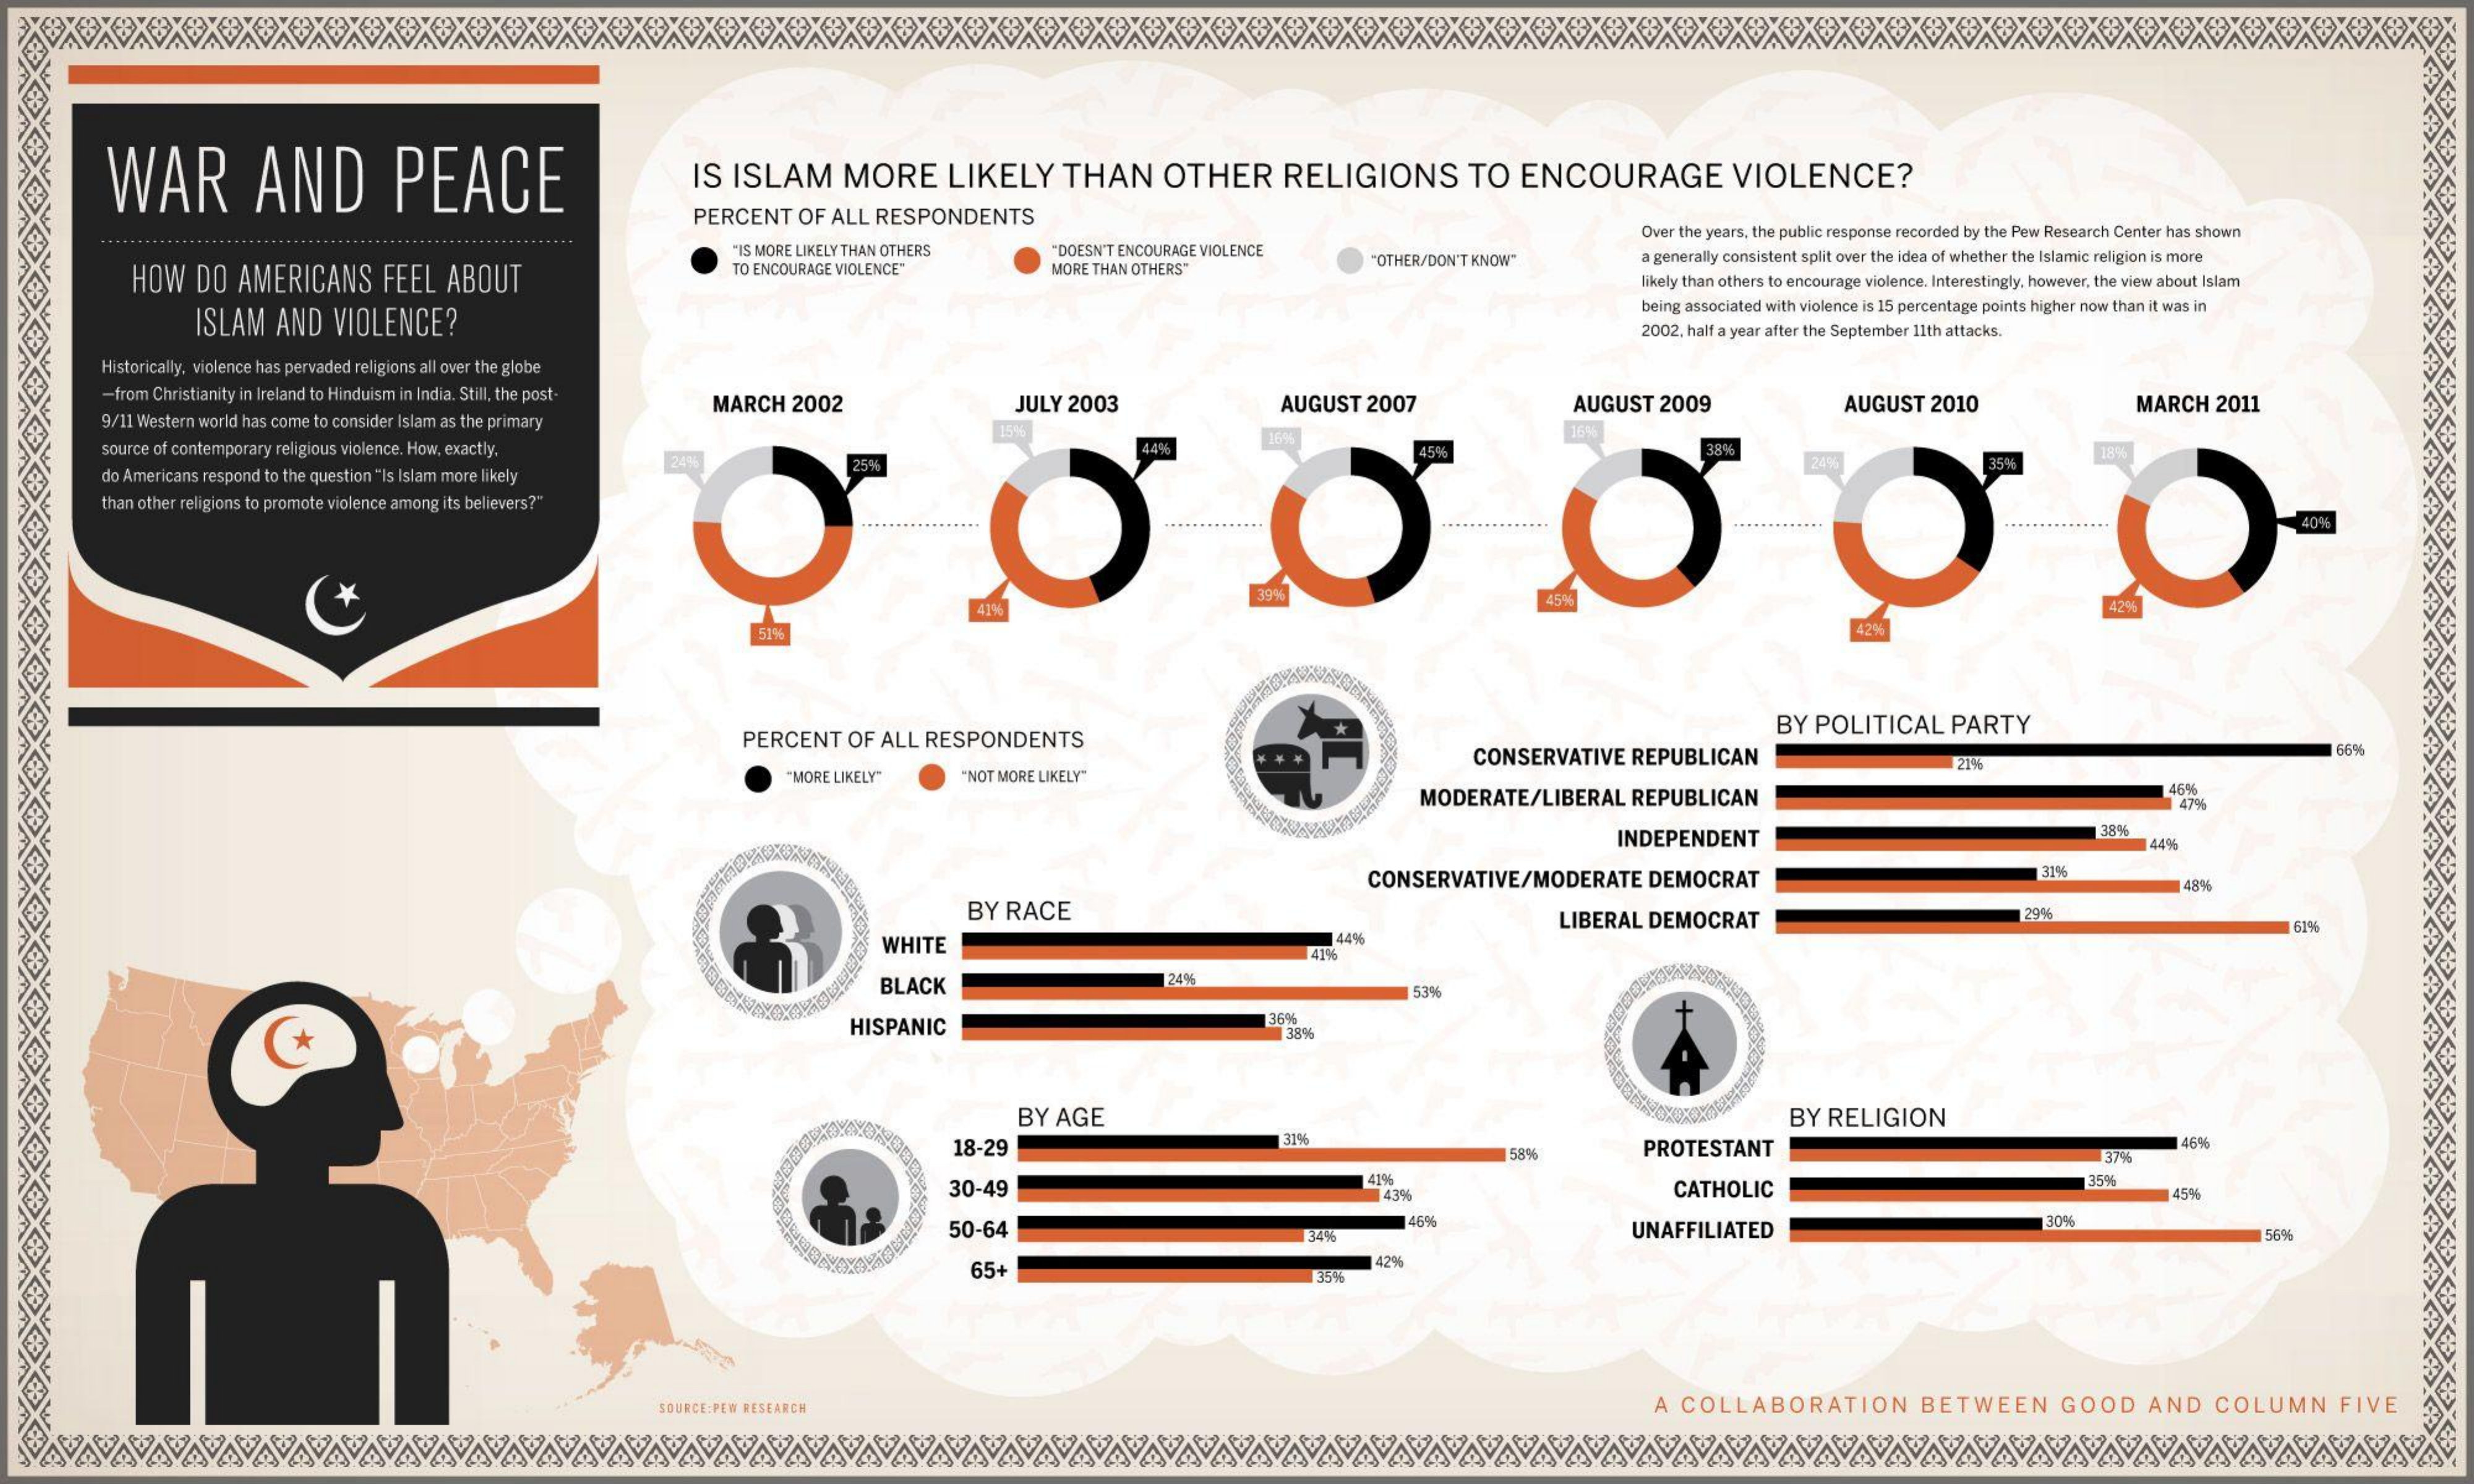
WAR    AND    PEACE    IS ISLAM    MORE    LIKELY    THAN    OTHER    RELIGIONS    TO  ENCOURAGE    VIOLENCE?
     PERCENT  OF ALL RESPONDENTS
     HOW  DO  AMERICANS   FEEL  ABOUT
     "IS MORE LIKELY THAN OTHERS
     TO ENCOURAGE VIOLENCE"
     "DOESN'T ENCOURAGE VIOLENCE
     Over the years, the public response recorded by the Pew Research Center has shown
     MORE THAN OTHERS"    "OTHER/DON'T KNOW"    a generally consistent split over the idea of whether the Islamic religion is more
     likely than others to encourage violence. Interestingly. however, the view about Islam
     ISLAM  AND  VIOLENCE?
     being associated with violence is 15 percentage points higher now than it was in
     2002, half a year after the September 11th attacks.
     Historically, violence has pervaded religions all over the globe
     -from Christianity in Ireland to Hinduism in India. Still, the post-
     9/11 Western world has come to consider Islam as the primary
     MARCH 2002    JULY 2003    AUGUST  2007    AUGUST 2009    AUGUST 2010    MARCH  2011
     source of contemporary religious violence. How, exactly.    44%
     1656
     2496    25%
     45%    38%
     do Americans respond to the question "Is Islam more likely
     24%    35%
     than other religions to promote violence among its believers?"
     40%
     394
     428%
     51%    42%
     PERCENT  OF ALL RESPONDENTS
     BY POLITICAL   PARTY
     CONSERVATIVE  REPUBLICAN
     "MORE LIKELY"   "NOT MORE LIKELY"
     21%
     MODERATE/LIBERAL   REPUBLICAN
     46%
     4796
     INDEPENDENT
     389
     CONSERVATIVE/MODERATE   DEMOCRAT    48%
     BY RACE    LIBERAL DEMOCRAT    29
     WHITE    144%
     61%
     411%
     BLACK    24%
     53%
     HISPANIC
     36%
     A
     BY AGE    BY RELIGION
     18-29    319%
     58%    PROTESTANT    46%
     376
     30-49
     41%
     43%    CATHOLIC
     35%
     15%
     50-64
     46%
     34%    UNAFFILIATED    5600
     65+
     42%
     35%
     SOURCE:PEW RESEARCH    A COLLABORATION    BETWEEN    GOOD    AND   COLUMN    FIVE